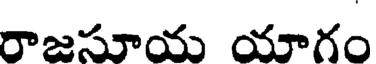
రాజసూయ యాగం